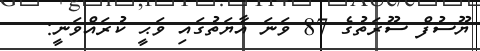
ޔޫސުފް ސޫރަތުގެ 87 ވަނަ އާޔަތުގައި ވަޙީ ކުރައްވަނީ: